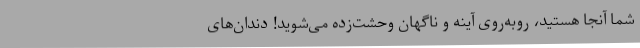
شما آنجا هستید، روبه‌روی آینه و ناگهان وحشت‌زده می‌شوید! دندان‌های